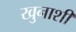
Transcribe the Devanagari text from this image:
खुनाशी